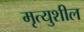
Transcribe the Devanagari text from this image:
मृत्युशील